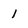
Character: 1